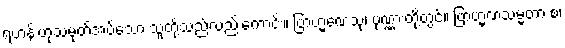
ရဟန်းဟုသမုတ်အပ်သော သူတို့သည်လည်းကောင်း။ ဗြာဟ္မဏေသု၊ ပုဏ္ဏားတို့တွင်။ ဗြာဟ္မဏသမ္မတာ စ၊